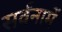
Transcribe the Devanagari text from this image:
सर्वंनामें